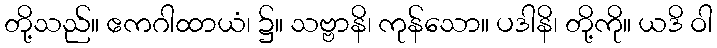
တို့သည်။ ဧကဂါထာယံ၊ ၌။ သဗ္ဗာနိ၊ ကုန်သော။ ပဒါနိ၊ တို့ကို။ ယဒိ ဝါ